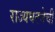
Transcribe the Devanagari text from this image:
राज्यघटनेची